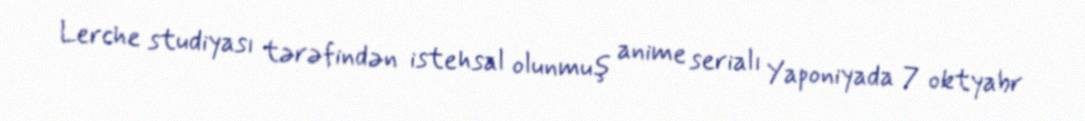
Lerche studiyası tərəfindən istehsal olunmuş anime serialı Yaponiyada 7 oktyabr